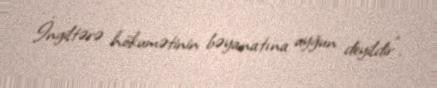
İngiltərə hökumətinin bəyanatına uyğun deyildir".